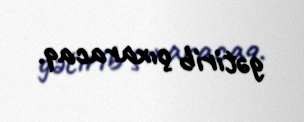
gətirib çıxaracaq.